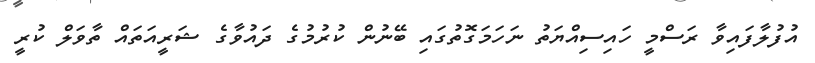
އުފުލާފައިވާ ރަސްމީ ހައިސިއްޔަތު ނަހަމަގޮތުގައި ބޭނުން ކުރުމުގެ ދައުވާގެ ޝަރީއަތައް ތާވަލް ކުރީ